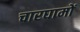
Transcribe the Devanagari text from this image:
चारघामों